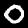
Digit: 0